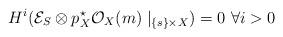
LaTeX: \begin{align*}H^{i}(\mathcal{E}_{S}\otimes p_{X}^{\star}\mathcal{O}_{X}(m)\mid_{\{s\}\times X})=0\,\,\forall i>0\end{align*}